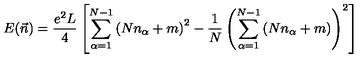
E ( \vec { n } ) = \frac { e ^ { 2 } L } { 4 } \left[ \sum _ { \alpha = 1 } ^ { N - 1 } \left( N n _ { \alpha } + m \right) ^ { 2 } - \frac { 1 } { N } \left( \sum _ { \alpha = 1 } ^ { N - 1 } \left( N n _ { \alpha } + m \right) \right) ^ { 2 } \right]